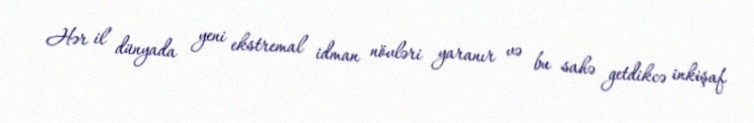
Hər il dünyada yeni ekstremal idman növləri yaranır və bu sahə getdikcə inkişaf